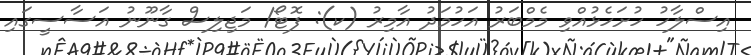
އިސްލާހު ހުށަހެޅުއްވި މެމްބަރު އަހުމަދު އާމިރު (ކ): ފޮޓޯ/ މަޖިލިސް ގާނޫނު އަސާސީގައި